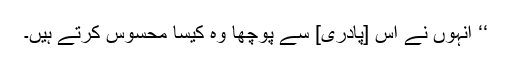
‘‘ اُنہوں نے اُس [پادری] سے پوچھا وہ کیسا محسوس کرتے ہیں۔